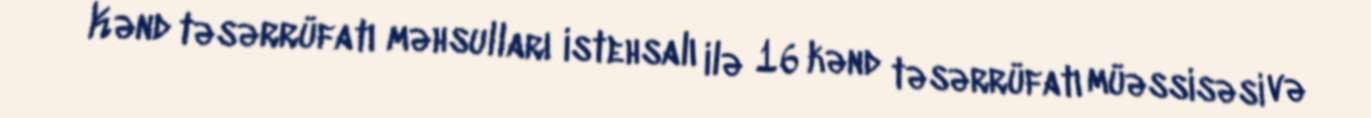
Kənd təsərrüfatı məhsulları istehsalı ilə 16 kənd təsərrüfatı müəssisəsi və